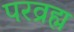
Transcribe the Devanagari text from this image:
परव्रह्म